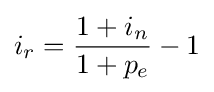
i_{r}={\frac {1+i_{n}}{1+p_{e}}}-1\,\!